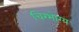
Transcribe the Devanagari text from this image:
चिरभोग्य